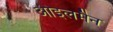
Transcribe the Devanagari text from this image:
ओइलमैन